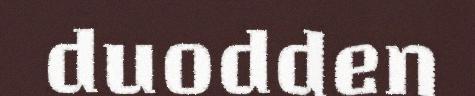
duodden